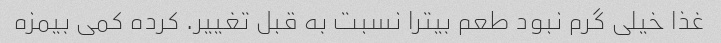
غذا خیلی گرم نبود طعم بیترا نسبت به قبل تغییر. کرده کمی بیمزه